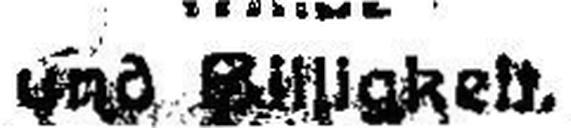
und Billigkeit